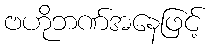
ဗဟိုဘဏ်အနေဖြင့်